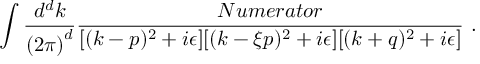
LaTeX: \int { \frac { d ^ { d } k } { { ( 2 \pi ) } ^ { d } } } { \frac { N u m e r a t o r } { [ ( k - p ) ^ { 2 } + i \epsilon ] [ ( k - { \xi } p ) ^ { 2 } + i \epsilon ] [ ( k + q ) ^ { 2 } + i \epsilon ] } } \, \, .